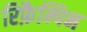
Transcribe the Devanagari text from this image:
रिफ़ैम्पिन